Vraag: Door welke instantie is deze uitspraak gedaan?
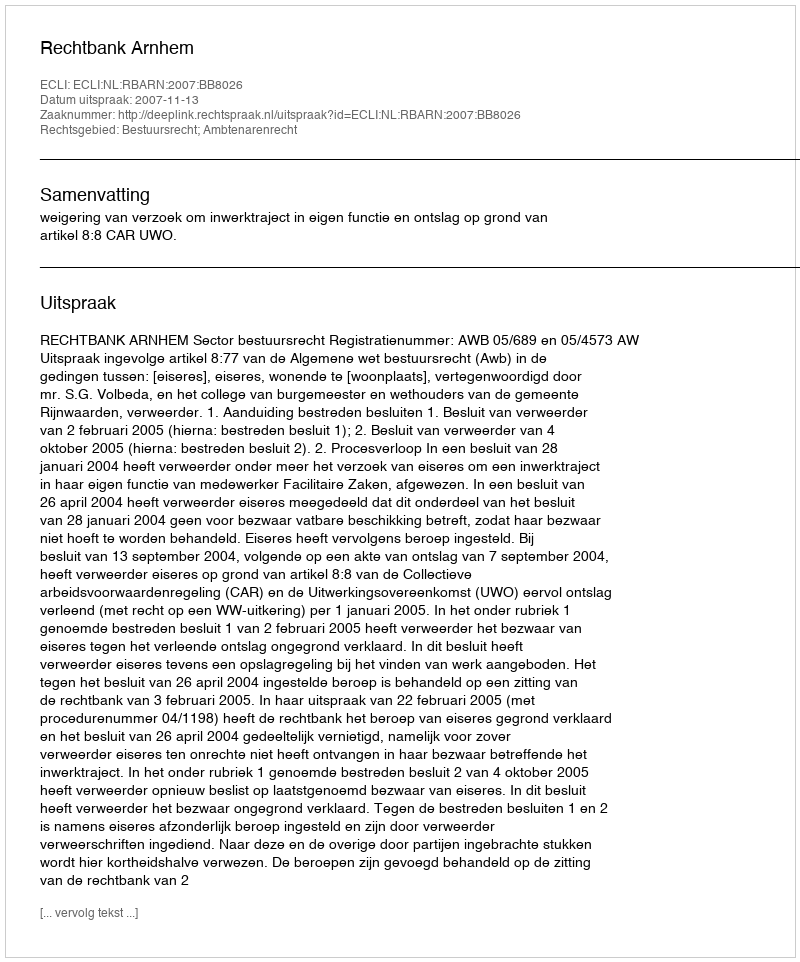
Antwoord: Rechtbank Arnhem